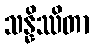
သန္နိဿိတာ